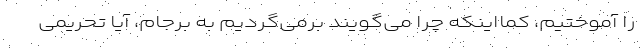
را آموختیم، کمااینکه چرا می‌گویند برمی‌گردیم به برجام، آیا تحریمی